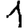
Digit: 1